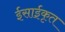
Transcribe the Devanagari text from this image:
ईसाईकृत